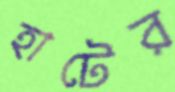
হাটের